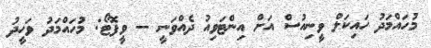
މުހައްމަދު ހައިކަލް ވީނިއުސް އަށް އިންޓަވިއު ދެއްވަނީ -- ވީފޮޓޯ: މުހައްމަދު ވަހީދު